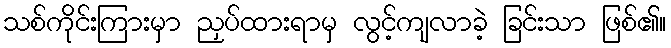
သစ်ကိုင်းကြားမှာ ညှပ်ထားရာမှ လွင့်ကျလာခဲ့ ခြင်းသာ ဖြစ်၏။